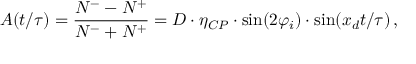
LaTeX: A ( t / \tau ) = \frac { N ^ { - } - N ^ { + } } { N ^ { - } + N ^ { + } } = D \cdot \eta _ { C P } \cdot \sin ( 2 \varphi _ { i } ) \cdot \sin ( x _ { d } t / \tau ) \, ,